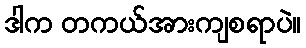
ဒါက တကယ်အားကျစရာပဲ။